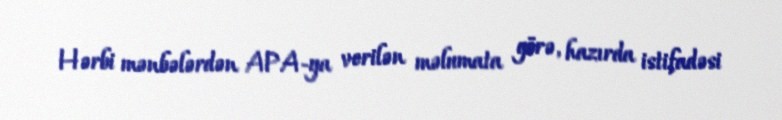
Hərbi mənbələrdən APA-ya verilən məlumata görə, hazırda istifadəsi